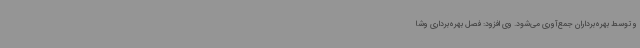
و توسط بهره‌برداران جمع‌آوری می‌شود. وی افزود: فصل بهره‌برداری وشا